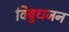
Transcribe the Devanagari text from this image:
विबुधजन